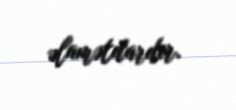
əlamətdardır.